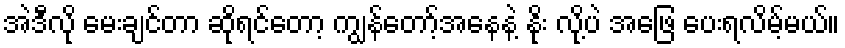
အဲဒီလို မေးချင်တာ ဆိုရင်တော့ ကျွန်တော့်အနေနဲ့ နိုး လို့ပဲ အဖြေ ပေးရလိမ့်မယ်။